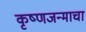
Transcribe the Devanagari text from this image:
कृष्णजन्माचा